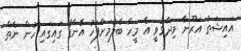
އައިޝަތު އަރޫނާ ވިދާޅުވީ އެ މީހާ ބެލުމަށްފަހު އޭނާގެ ގައިގައި ހުން ނެތް